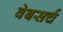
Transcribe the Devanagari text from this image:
वेबसर्च